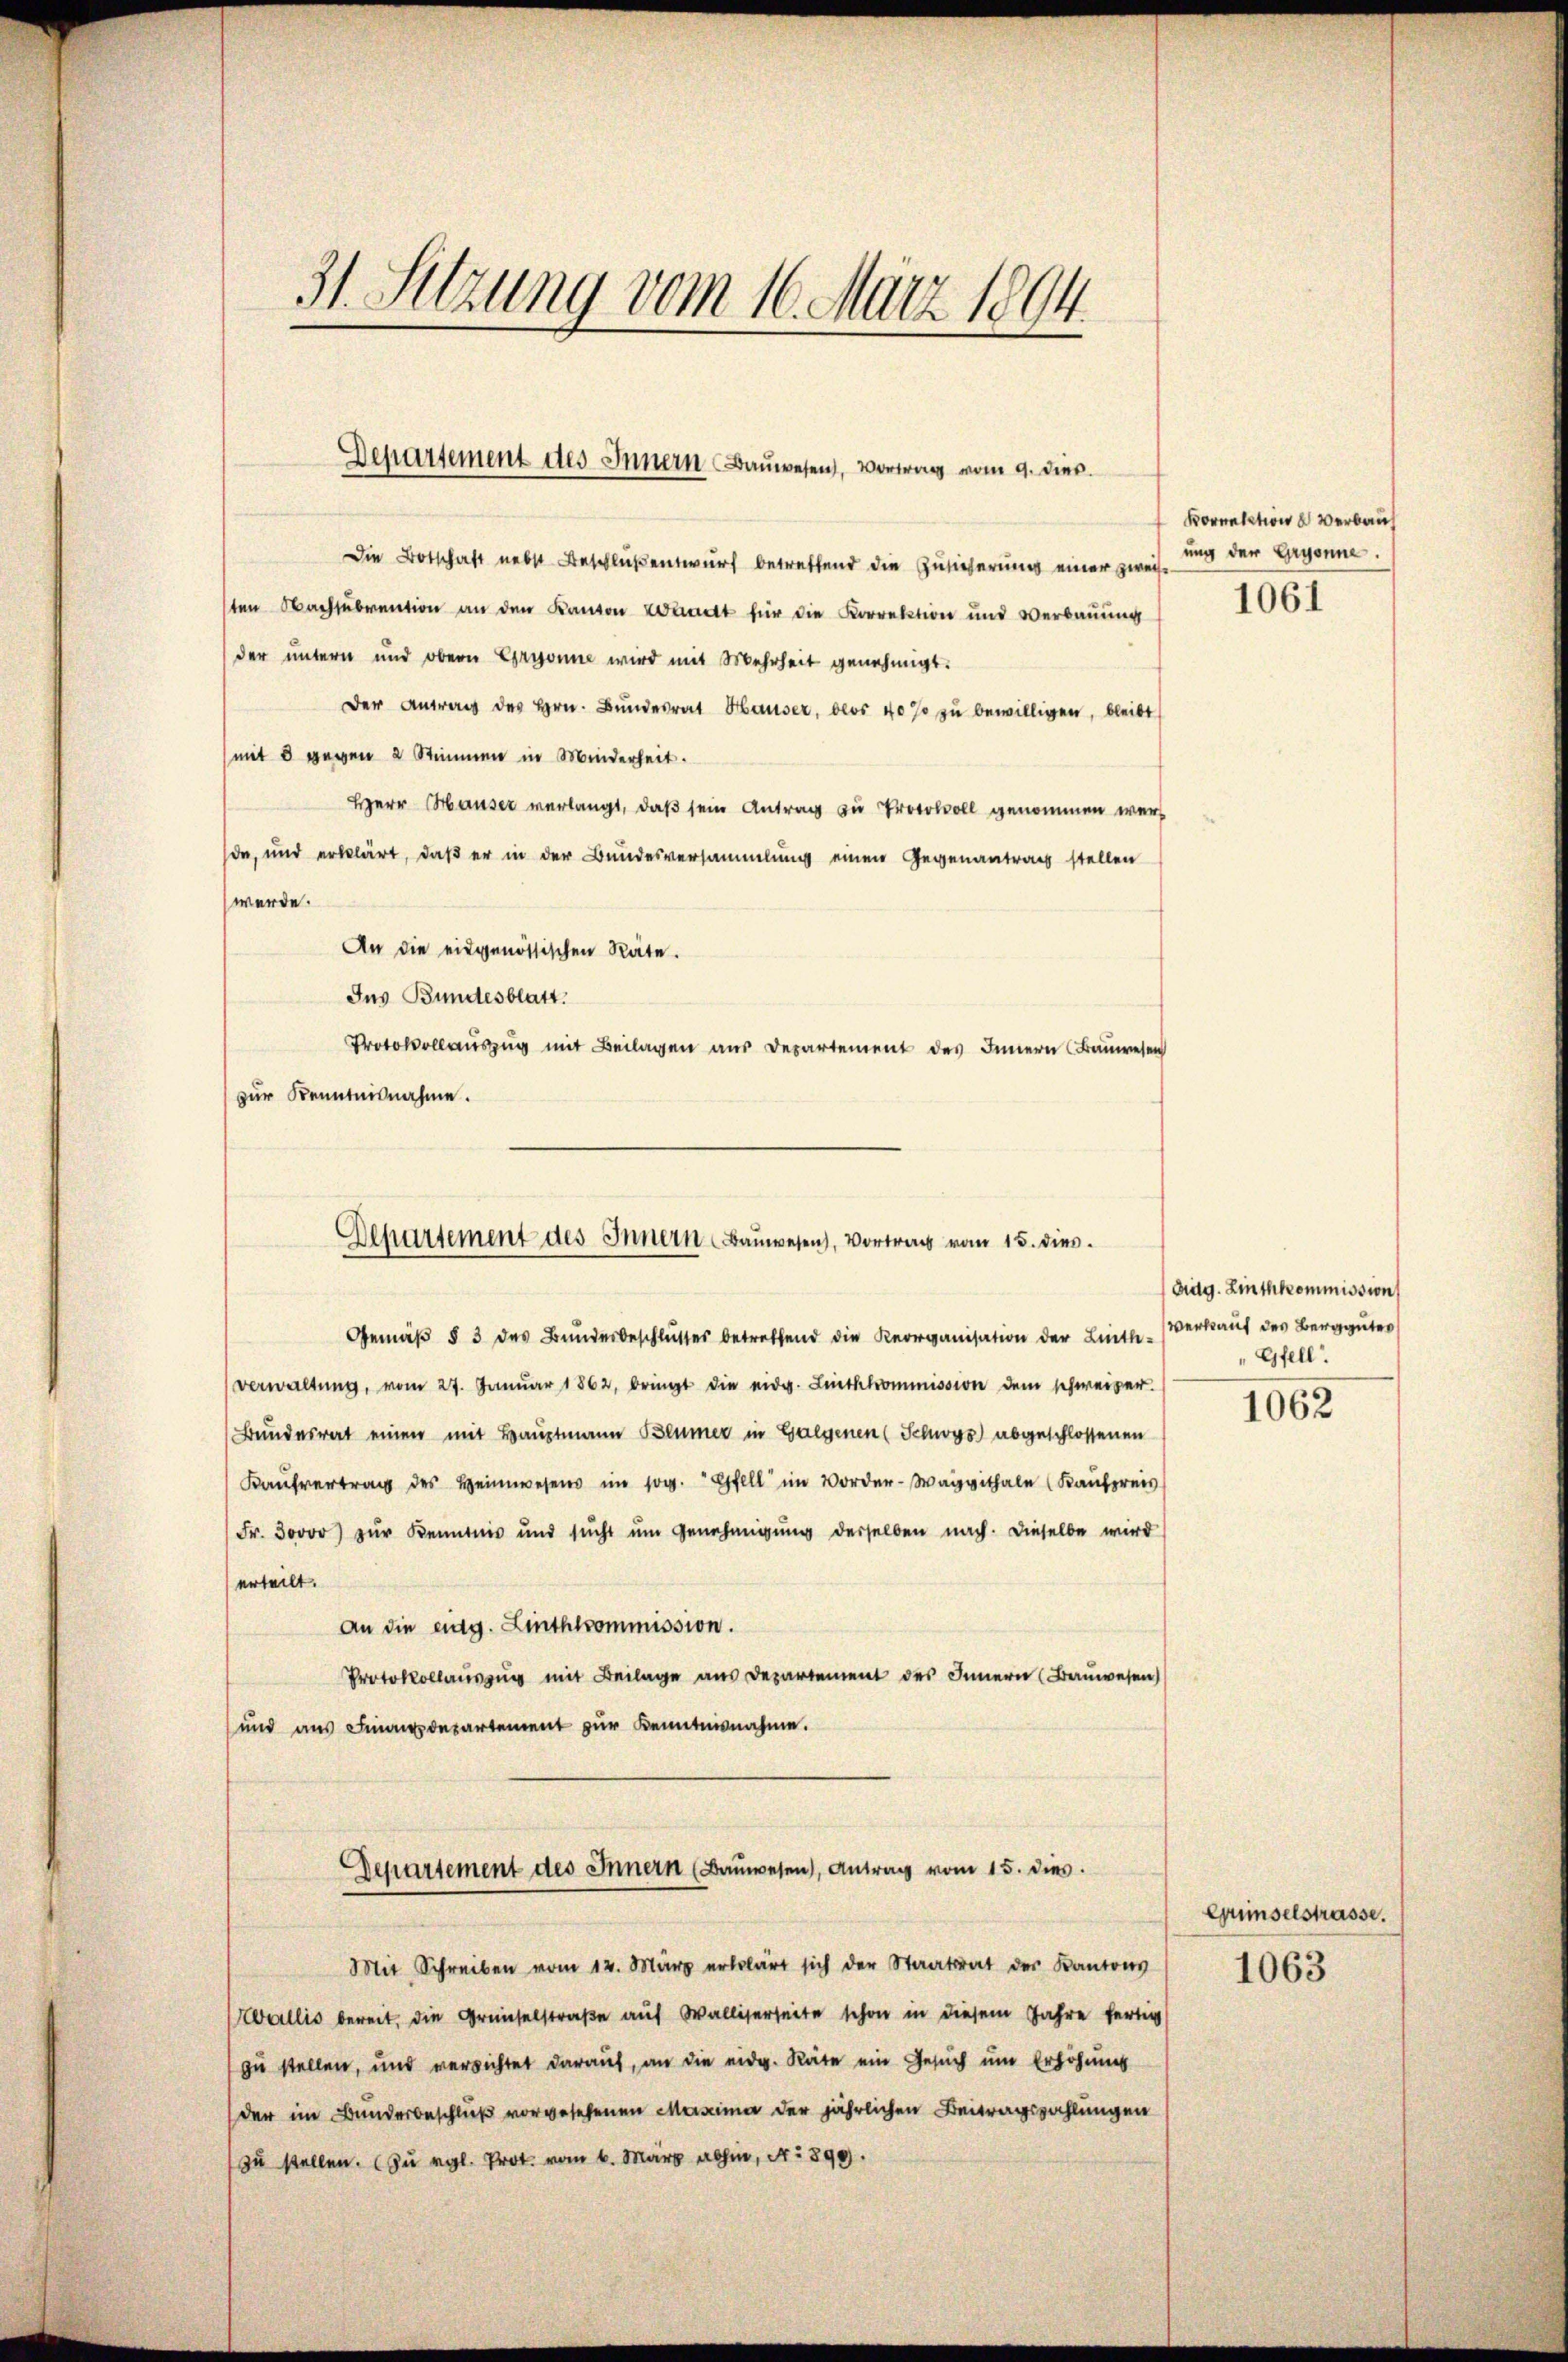
31. Setzung vom 16. März 1894.

Die Botschaft nebst Beschluß entwurf betreffend die Zusicherung einer zweif
sten Nachsubvention an den Kanton Wundt für die Korrektion und Verbauung
der untern und obern Gryonne wird mit Mehrheit genehmigt.
Der Antrag des Hrn. Bundesrat Hauser, blos 40% zu bewilligen, bleibt
mit 8 gegen 2 Stimmen in Minderheit.
Herr Hauser verlangt, daß sein Antrag zu Protokoll genommen wer
da, und erklärt, daß er in der Bundesversammlung einen Gegenantrag stellen
werde.
An die eidgenössischen Räte.
Ins Bundesblatt.
Protokollauszug mit Beilagen aus Departement des Innern (Bauwesen
zur Kenntnisnahme.

Departement des Innern Bauwesen, Vortrag vom 9. dies

Departement des Innern Bauwesen, Vortrag vom 15. dies

Bornation u Verbau
ung der Gryonne.

Gemäβ § 3 des Bunderbeschlŭsses betreffend die Reorganisation der Linth-Verkaŭf des Berggüter
Verwaltung, vom 27. Januar 1862, bringt die eidg. Linthkommission dem schweizer.
Bundesrat einen mit Hauptmann Blümer in Gegenen (Schwyz) abgeschlossenen
Kaŭfvertrag des Heimwesens im sog. Gfell im Vorder-Waggithale (Kaufpreis
Fr. 30000 zur Kenntnis und sŭcht ŭm Genehmigŭng derselben nach. Dieselbe wird
erteilt.
An die eidg. Linthcommission.
Protokollauszug mit Beilage aus Departement des Innern (Bauwesen
und aus Finanzdepartement zŭr Kenntnisnahme.
Departement des Innern (Baŭwesen, Antrag vom 15. dies
Mit Schreiben vom 12. März erklärt sich der Staatsrat des Kantons
Wallis bereit, die Gründelstraße auf Walliserseite schon in diesem Jahre fertig
zu stellen, und verrichtet darauf, an die eidg. Räte ein Gesuch um Erhöhung
der im Bunderbeschluß vorgesehenen Maximia der jährlichen Beitragszahlungen
zu stellen. (Zu vgl. Prot. vom 6. März abhin, N. 899.

1061

Adg. Linthkommission
Gfell.

1062

Giselstrasse.

1063